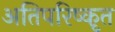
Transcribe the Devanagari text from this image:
अतिपरिष्कृत